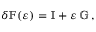
\delta \mathbb { F } ( \varepsilon ) = \mathbb { I } + \varepsilon \, \mathbb { G } \, ,